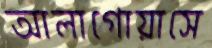
আলাগোয়াসে